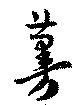
蔓